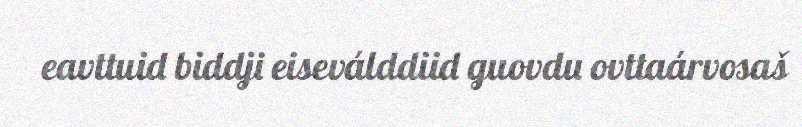
eavttuid biddji eiseválddiid guovdu ovttaárvosaš